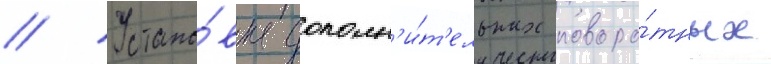
// Устано́вка дополн'и́т'ельных поворо́тных